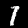
Label: 7